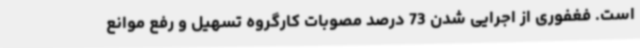
است. فغفوری از اجرایی شدن 73 درصد مصوبات کارگروه تسهیل و رفع موانع